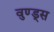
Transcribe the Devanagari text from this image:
वुण्ड्स